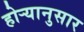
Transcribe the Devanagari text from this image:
होर्‍यानुसार